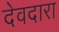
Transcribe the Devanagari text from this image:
देवदारा